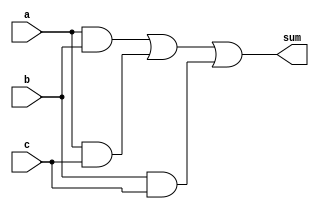
module Majority(
  input wire a,
  input wire b,
  input wire c,
  output wire sum
);

  // Compute the products
  and(a_and_b, a, b);
  and(a_and_c, a, c);
  and(b_and_c, b, c);

  // Cascade the OR
  or(buffer, a_and_b, a_and_c);
  or(sum, buffer, b_and_c);

endmodule // Majority



module MajorityTest;

  reg a;
  reg b;
  reg c;
  wire sum;

  Majority majority(a, b, c, sum);

  initial begin
    $monitor("a = %d, b = %d, c = %d, sum = %d", a, b, c, sum);
    a = 0; b = 0; c = 0;
    #20; a = 0; b = 0; c = 1;
    #20; a = 0; b = 1; c = 0;
    #20; a = 0; b = 1; c = 1;
    #20; a = 1; b = 0; c = 0;
    #20; a = 1; b = 0; c = 1;
    #20; a = 1; b = 1; c = 0;
    #20; a = 1; b = 1; c = 1;
  end

endmodule // MajorityTest